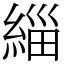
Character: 緇